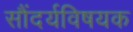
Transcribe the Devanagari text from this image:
सौंदर्यविषयक